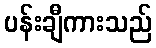
ပန်းချီကားသည်